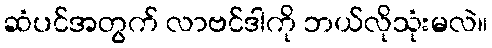
ဆံပင်အတွက် လာဗင်ဒါကို ဘယ်လိုသုံးမလဲ။